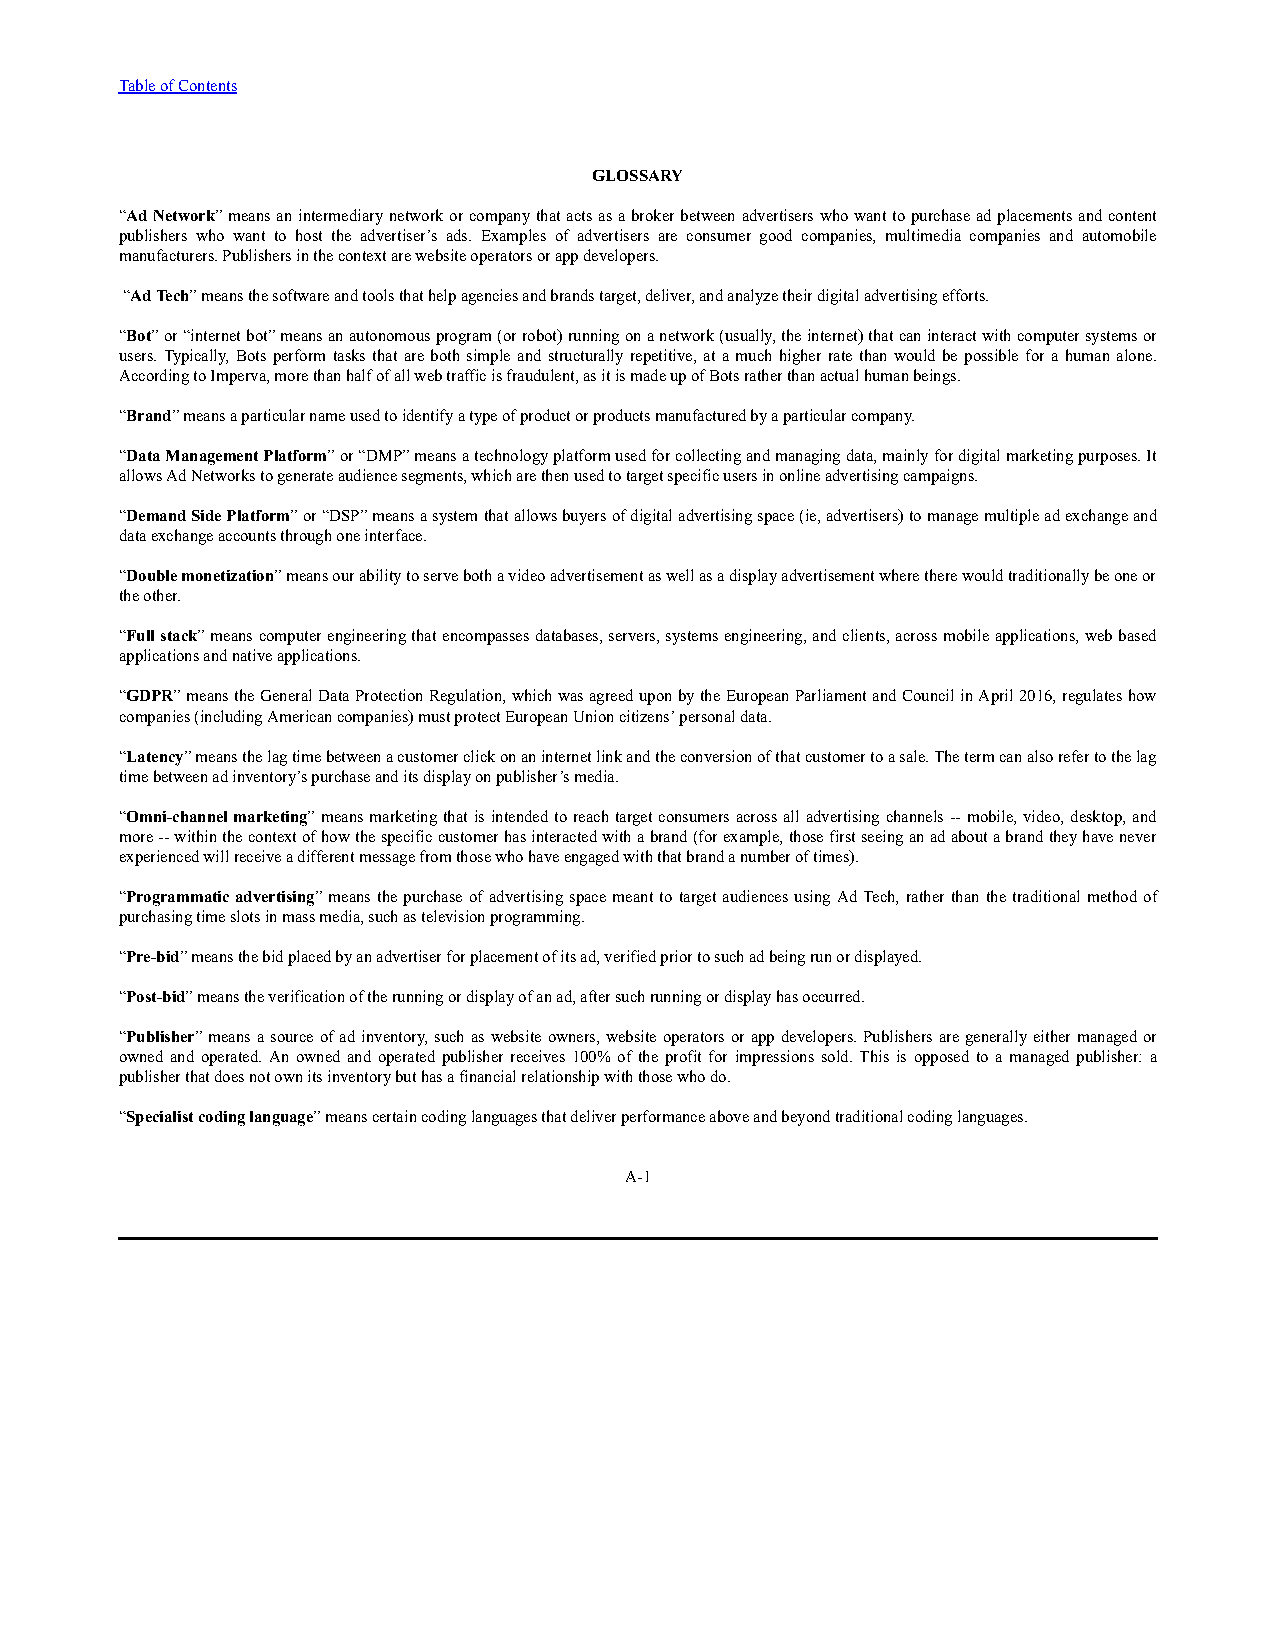
Table of Contents
 GLOSSARY
 “Ad Network” means an intermediary network or company that acts as a broker between advertisers who want to purchase ad placements and content
 publishers who want to host the advertiser’s ads. Examples of advertisers are consumer good companies, multimedia companies and automobile
 manufacturers. Publishers in the context are website operators or app developers.
 “Ad Tech” means the software and tools that help agencies and brands target, deliver, and analyze their digital advertising efforts.
 “Bot” or “internet bot” means an autonomous program (or robot) running on a network (usually, the internet) that can interact with computer systems or
 users. Typically, Bots perform tasks that are both simple and structurally repetitive, at a much higher rate than would be possible for a human alone.
 According to Imperva, more than half of all web traffic is fraudulent, as it is made up of Bots rather than actual human beings.
 “Brand” means a particular name used to identify a type of product or products manufactured by a particular company.
 “Data Management Platform” or “DMP” means a technology platform used for collecting and managing data, mainly for digital marketing purposes. It
 allows Ad Networks to generate audience segments, which are then used to target specific users in online advertising campaigns.
 “Demand Side Platform” or “DSP” means a system that allows buyers of digital advertising space (ie, advertisers) to manage multiple ad exchange and
 data exchange accounts through one interface.
 “Double monetization” means our ability to serve both a video advertisement as well as a display advertisement where there would traditionally be one or
 the other.
 “Full stack” means computer engineering that encompasses databases, servers, systems engineering, and clients, across mobile applications, web based
 applications and native applications.
 “GDPR” means the General Data Protection Regulation, which was agreed upon by the European Parliament and Council in April 2016, regulates how
 companies (including American companies) must protect European Union citizens’ personal data.
 “Latency” means the lag time between a customer click on an internet link and the conversion of that customer to a sale. The term can also refer to the lag
 time between ad inventory’s purchase and its display on publisher’s media.
 “Omni-channel marketing” means marketing that is intended to reach target consumers across all advertising channels -- mobile, video, desktop, and
 more -- within the context of how the specific customer has interacted with a brand (for example, those first seeing an ad about a brand they have never
 experienced will receive a different message from those who have engaged with that brand a number of times).
 “Programmatic advertising” means the purchase of advertising space meant to target audiences using Ad Tech, rather than the traditional method of
 purchasing time slots in mass media, such as television programming.
 “Pre-bid” means the bid placed by an advertiser for placement of its ad, verified prior to such ad being run or displayed.
 “Post-bid” means the verification of the running or display of an ad, after such running or display has occurred.
 “Publisher” means a source of ad inventory, such as website owners, website operators or app developers. Publishers are generally either managed or
 owned and operated. An owned and operated publisher receives 100% of the profit for impressions sold. This is opposed to a managed publisher: a
 publisher that does not own its inventory but has a financial relationship with those who do.
 “Specialist coding language” means certain coding languages that deliver performance above and beyond traditional coding languages.
 A-1